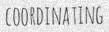
COORDINATING